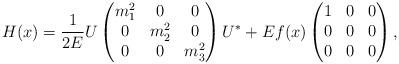
LaTeX: \begin{align*}H(x)=\frac1{2E}U\begin{pmatrix}m_1^2&0&0\\0&m_2^2&0\\0&0&m_3^2\end{pmatrix}U^*+Ef(x)\begin{pmatrix}1&0&0\\0&0&0\\0&0&0\end{pmatrix},\end{align*}